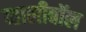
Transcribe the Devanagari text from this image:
व्हालीबॉल